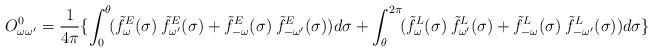
\begin{align*}O_{\omega\omega'}^0 = \frac{1}{4\pi} \{\int_0^{\theta}\!(\tilde{f}_\omega^E(\sigma)\:\tilde{f}_{\omega'}^E(\sigma) + \tilde{f}_{-\omega}^E(\sigma)\:\tilde{f}_{-\omega'}^E(\sigma)) d\sigma + \int_{\theta}^{2\pi}\!(\tilde{f}_\omega^L(\sigma)\:\tilde{f}_{\omega'}^L(\sigma) + \tilde{f}_{-\omega}^L(\sigma)\:\tilde{f}_{-\omega'}^L(\sigma) ) d\sigma\}\end{align*}